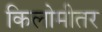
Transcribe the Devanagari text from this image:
किलोमीतर